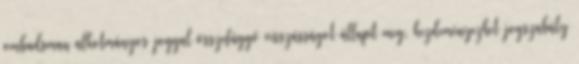
ombudsman alkotmányos joggal összefüggő visszásságot állapít meg, kezdeményezhet jogszabály